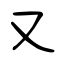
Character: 又